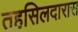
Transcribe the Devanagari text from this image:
तहसिलदारास